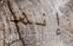
إنها